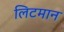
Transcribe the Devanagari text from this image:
लिटमान